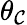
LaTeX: \theta_{\mathcal{C}}